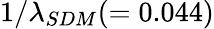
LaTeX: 1/\lambda_{SDM}(=0.044)